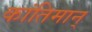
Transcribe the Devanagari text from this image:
कांतिमान्‌